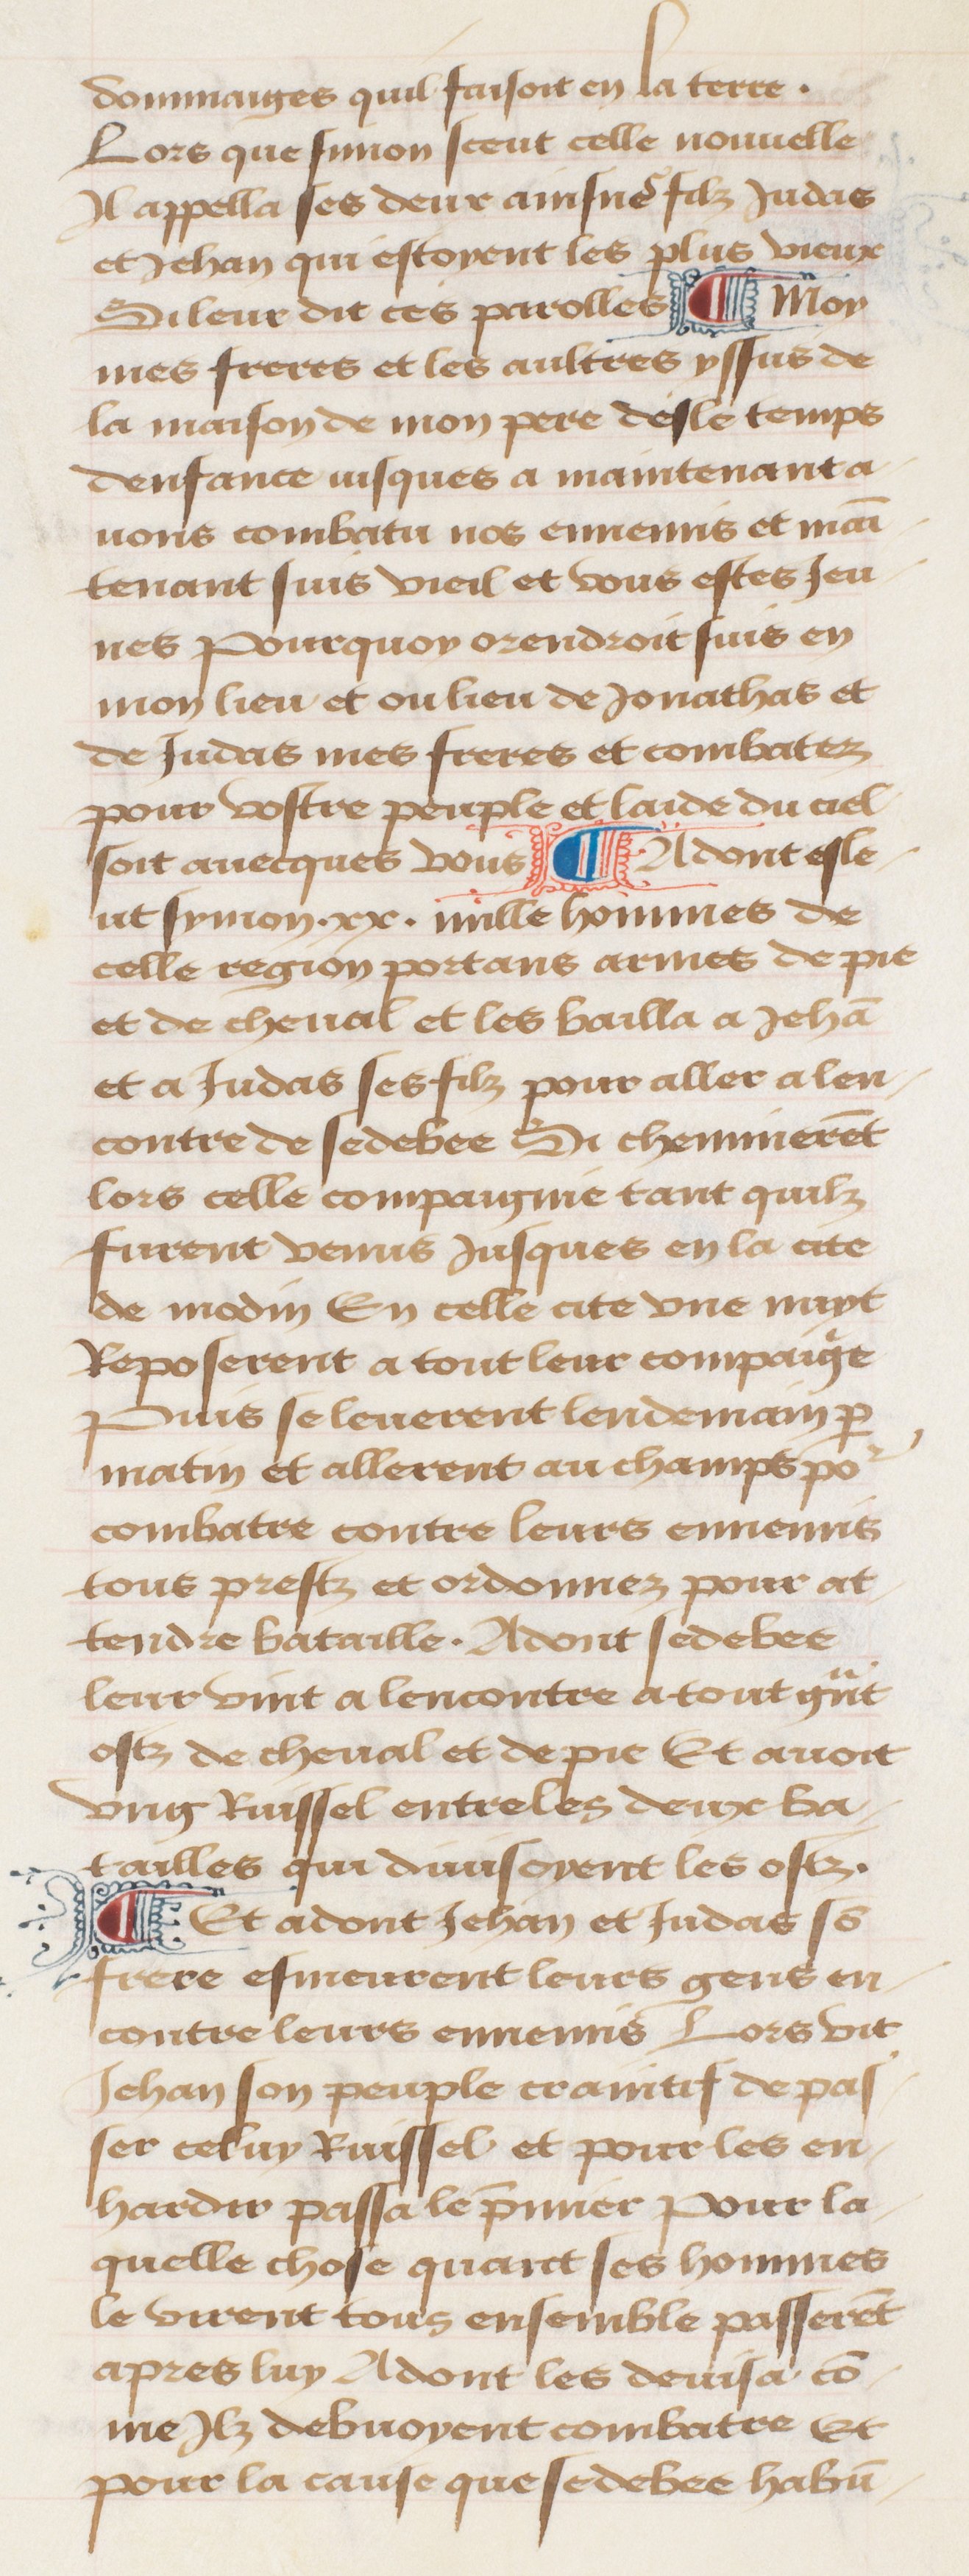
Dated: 1457–1482